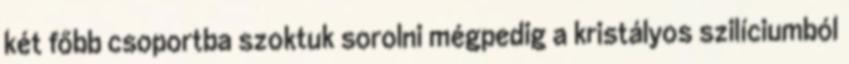
két főbb csoportba szoktuk sorolni mégpedig a kristályos szilíciumból